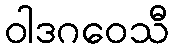
ဝါဒဂဝေသီ